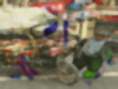
পাঠাই